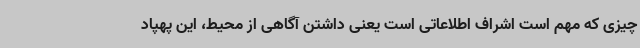
چیزی که مهم است اشراف اطلاعاتی است یعنی داشتن آگاهی از محیط، این پهپاد